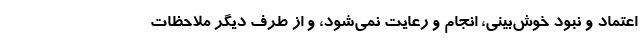
اعتماد و نبود خوش‌بینی، انجام و رعایت نمی‌شود، و از طرف دیگر ملاحظات